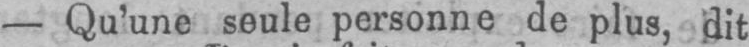
- Qu’une seule personne de plus, dit